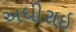
અધીરાઇ